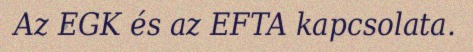
Az EGK és az EFTA kapcsolata.